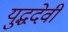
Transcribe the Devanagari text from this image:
युद्धदेवी